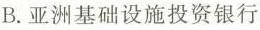
B.亚洲基础设施投资银行